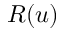
R ( u )